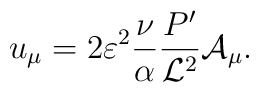
u_{\mu} = 2 \varepsilon^2 \frac{\nu}{\alpha}  \frac{P'}{{\cal L}^2} {\cal A}_{\mu}.